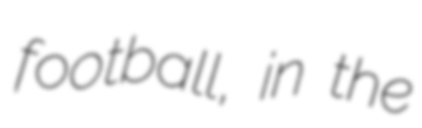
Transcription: football, in the